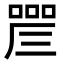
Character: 𠼛